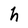
Character: h